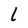
Character: l